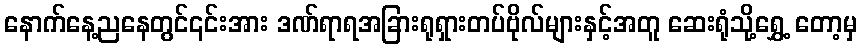
နောက်နေ့ညနေတွင်၎င်းအား ဒဏ်ရာရအခြားရုရှားတပ်ဗိုလ်များနှင့်အတူ ဆေးရုံသို့ရွှေ့ တော့မှ